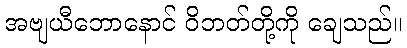
အဗျယီဘောနောင် ဝိဘတ်တို့ကို ချေသည်။